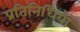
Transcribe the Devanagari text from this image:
प्रतिनिधियों